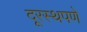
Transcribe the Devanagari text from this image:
दूरस्थपणे